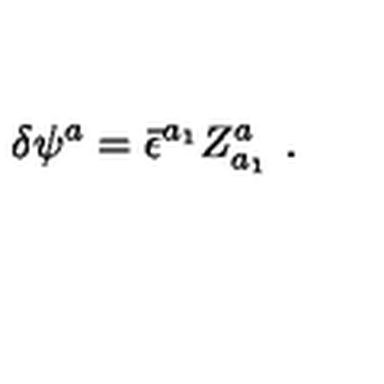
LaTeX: \delta \psi ^ { a } = { \bar { \epsilon } } ^ { a _ { 1 } } Z _ { a _ { 1 } } ^ { a } \ .